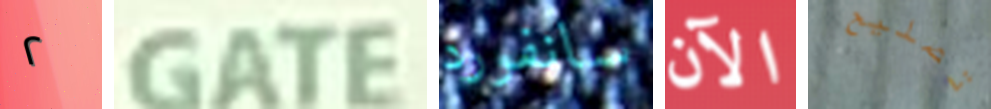
٢ GATE سانفورد الآن تصليح